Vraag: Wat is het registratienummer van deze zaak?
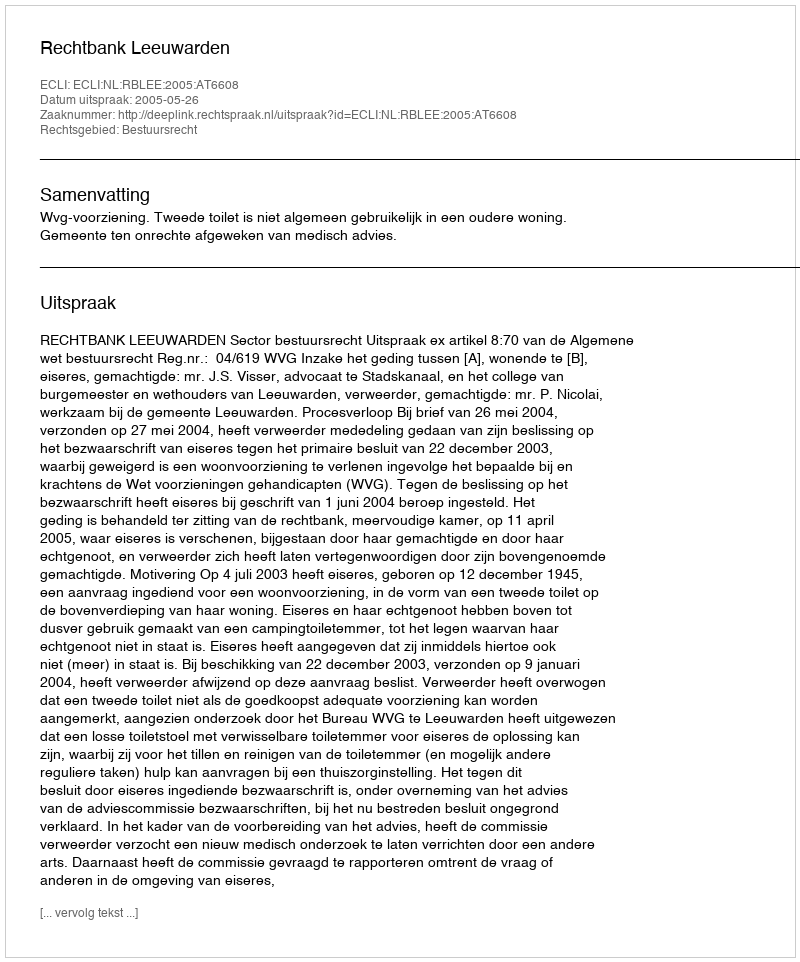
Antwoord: http://deeplink.rechtspraak.nl/uitspraak?id=ECLI:NL:RBLEE:2005:AT6608